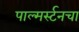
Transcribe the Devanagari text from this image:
पाल्मर्स्टनचा